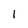
Character: 1